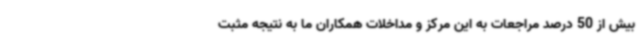
بیش از 50 درصد مراجعات به این مرکز و مداخلات همکاران ما به نتیجه مثبت